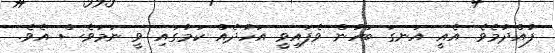
ފުއްދުމެވެ. އެއީ އަނގަ ބަހުން ވެފައިވީ އަހުދެއް ކަމުގައި ވީ ނަމަވެސް އެވެ.